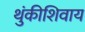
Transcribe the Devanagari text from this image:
थुंकीशिवाय